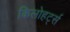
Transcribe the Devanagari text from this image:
किलोहर्ट्स